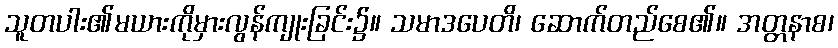
သူတပါး၏မယားကိုမှားလွန်ကျုးခြင်း၌။ သမာဒပေတိ၊ ဆောက်တည်စေ၏။ အတ္တနာစ၊